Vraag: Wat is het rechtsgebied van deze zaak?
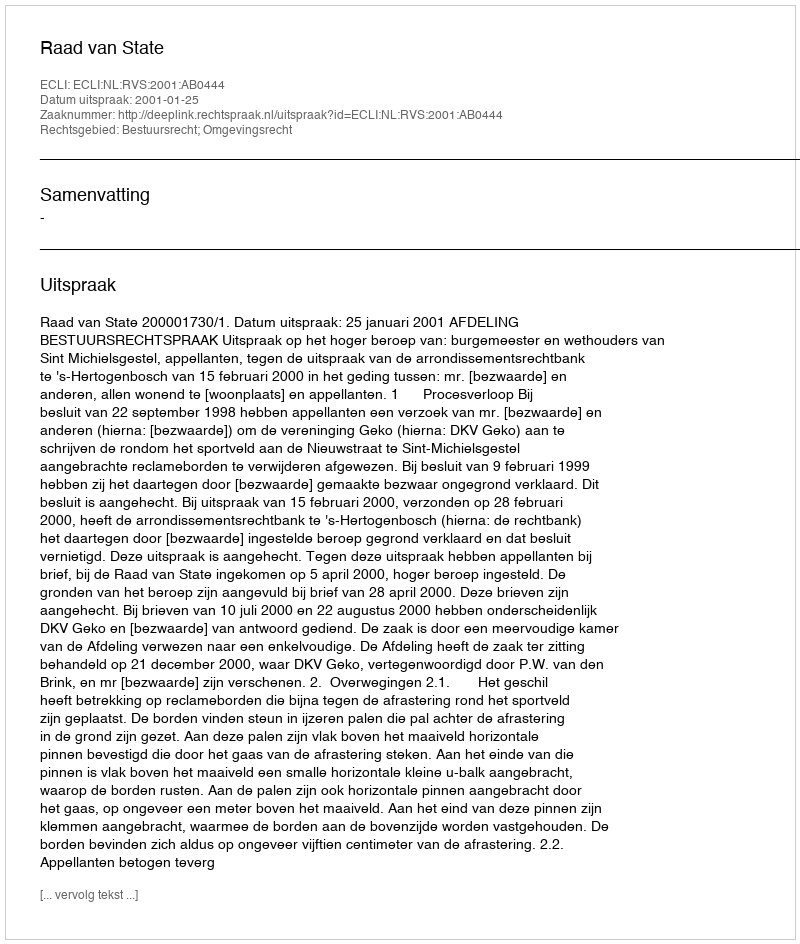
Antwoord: Bestuursrecht; Omgevingsrecht